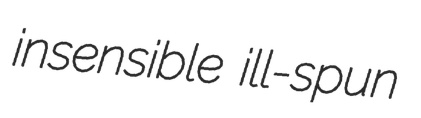
insensible ill-spun